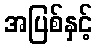
အပြစ်နှင့်